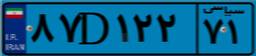
۶۶D۳۳۲۵۶